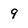
Character: 9